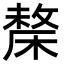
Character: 𣘬